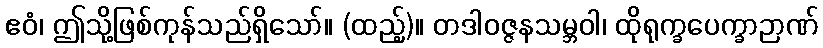
ဧဝံ၊ ဤသို့ဖြစ်ကုန်သည်ရှိသော်။ (ထည့်)။ တဒါဝဇ္ဇနသမ္ဘဝါ၊ ထိုရုက္ခပေက္ခာဉာဏ်